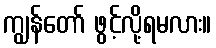
ကျွန်တော် ဖွင့်လို့ရမလား။